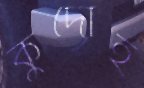
কুদোহ